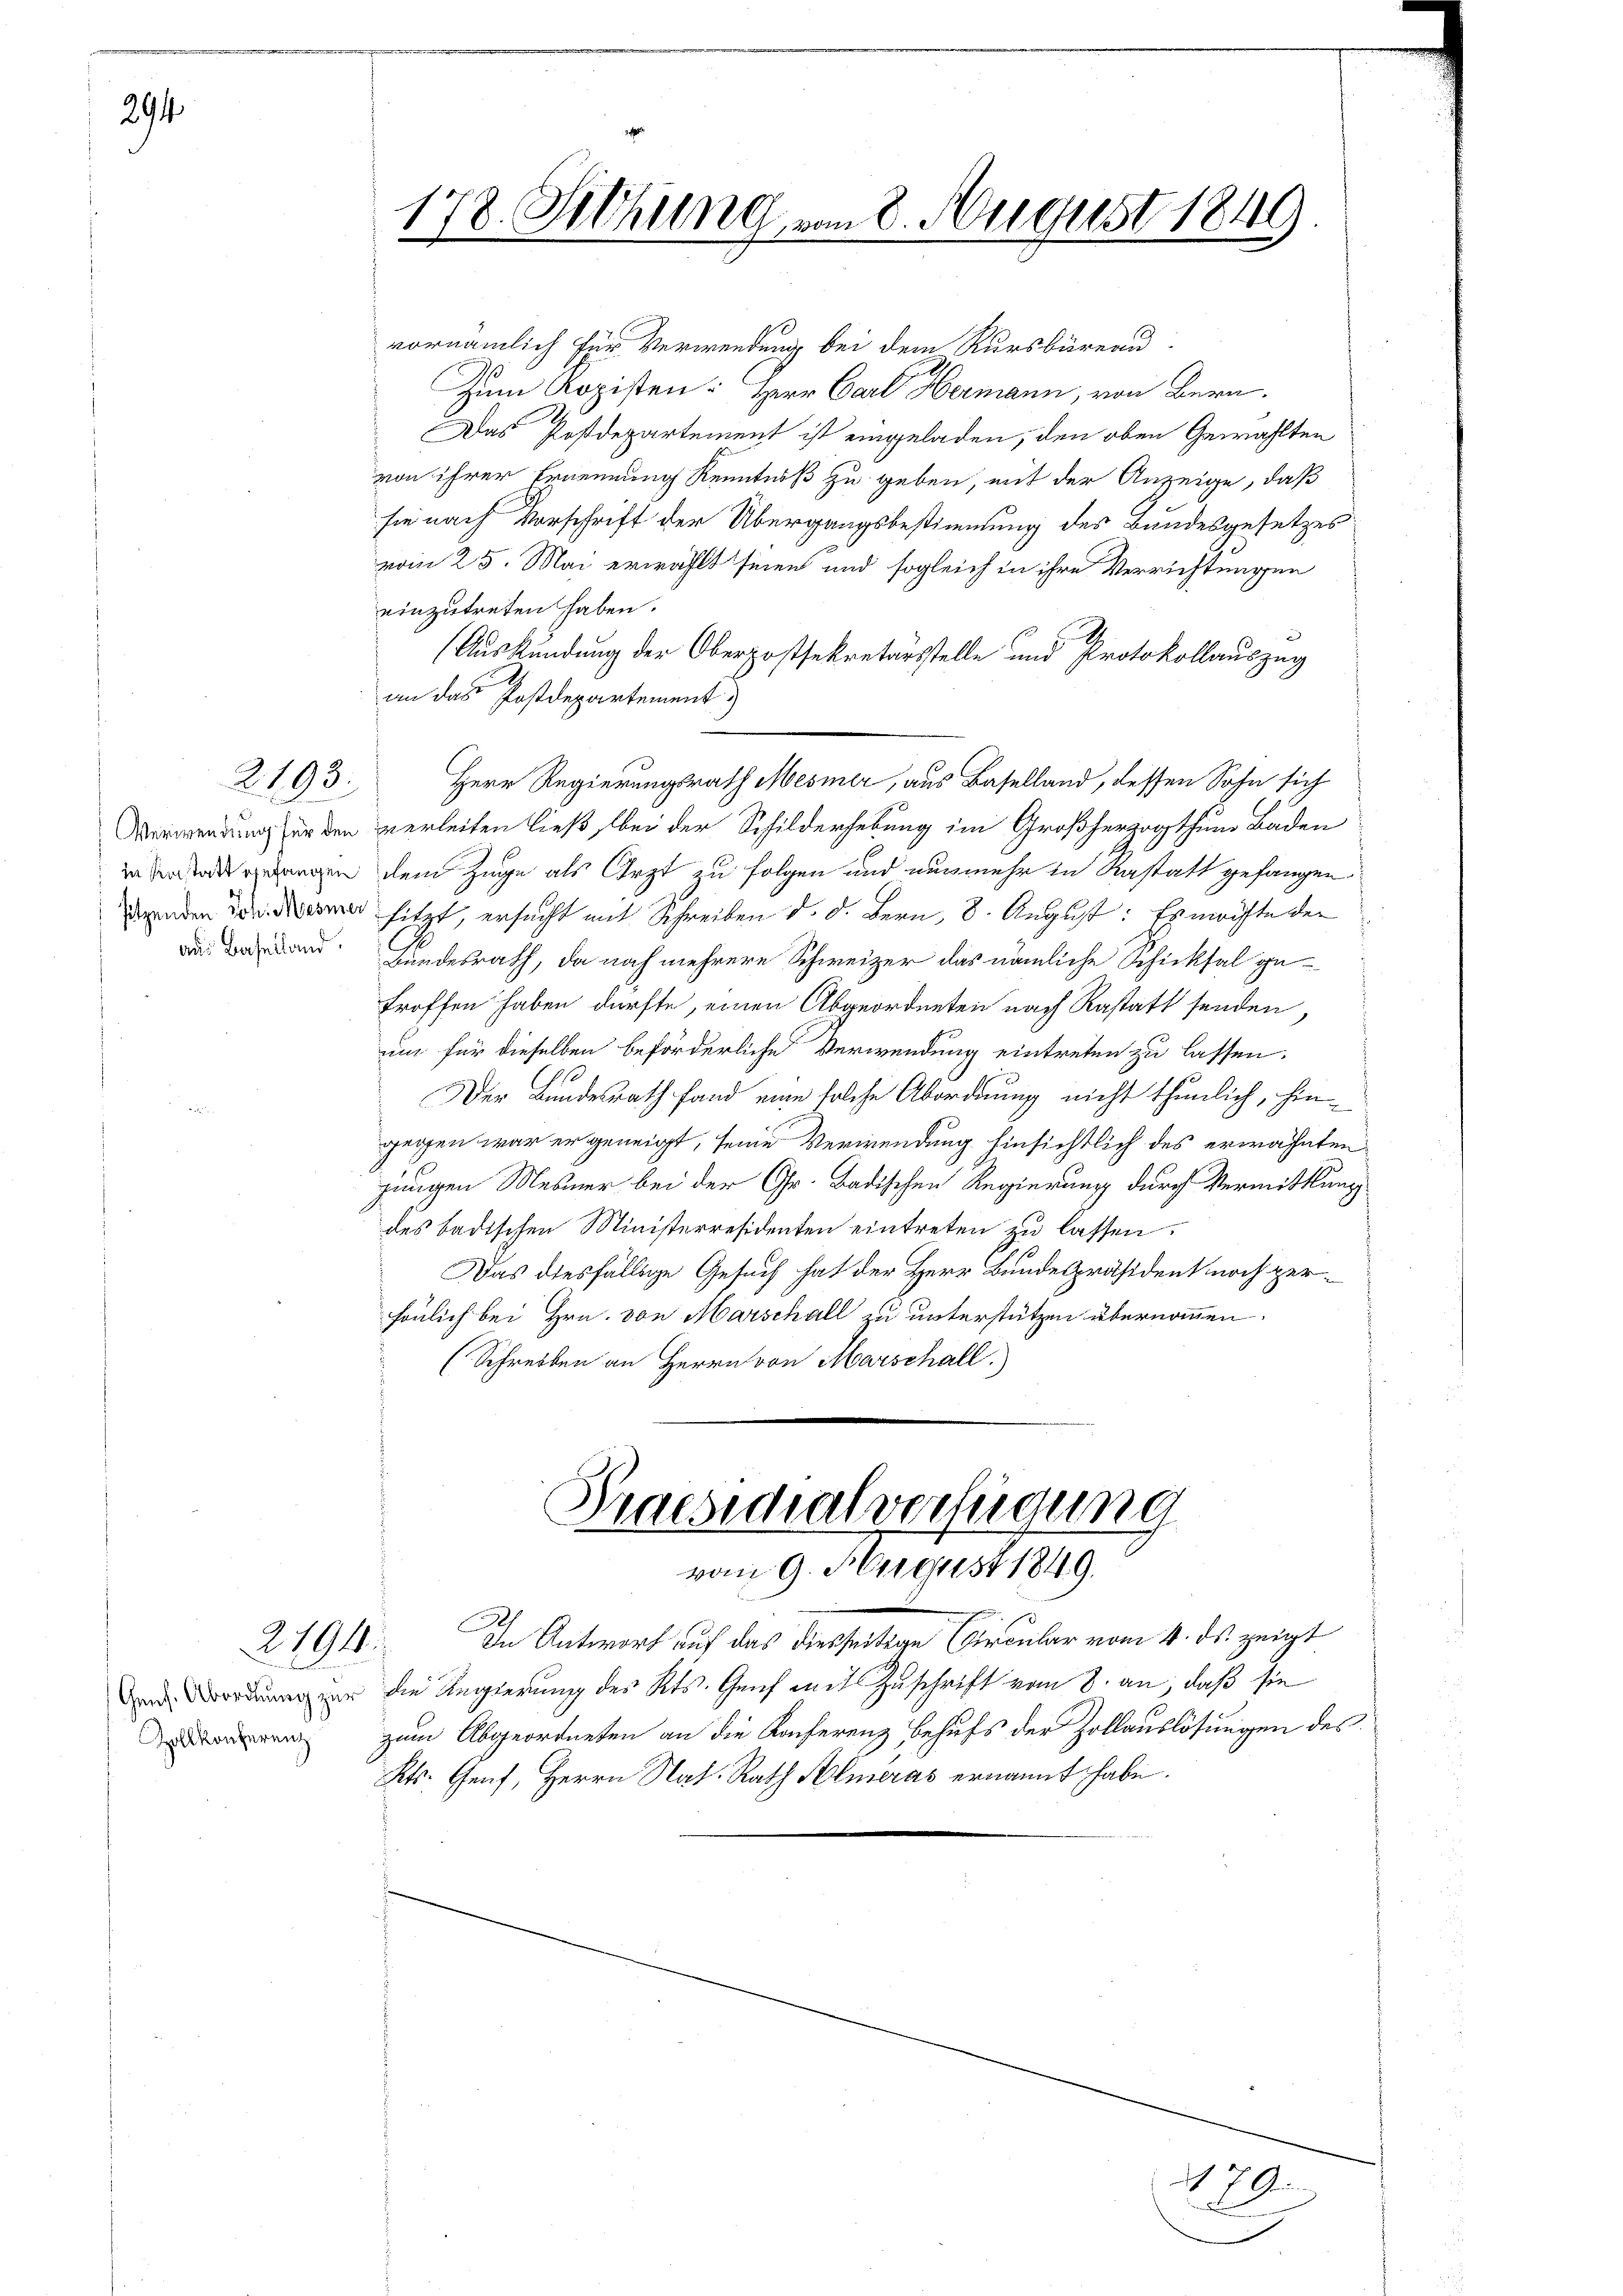
294

2193.

vornämlich für Verwendung bei dem Kursbüreau
Zum Kopisten: Herr Carl Hermann, von Bern.
Das Postdepartement ist eingeladen, den oben Gewählten
von ihrer Ernennung Kenntniß zu geben, mit der Anzeige, daß
sie nach Vorschrift der Übergangsbestimmung des Bundesgesetzes
vom 25. Mai erwählt seien und sogleich in ihre Verrichtungen
einzutreten haben.
(Auskündung der Oberpostsekretärsstelle und Protokollauszug
an das Postdepartement
Herr Regierungsrath Mesmer, aus Baselland, dessen Sohn sich
Verwendung für den hierleiten ließ, bei der Schilderhebung im Großherzogthum Baden
in der wegen dem Zuge als Arzt zu folgen und nunmehr in Rastatt gefangen
 sitzt, ersucht mit Schreiben d. d. Bern, 8. August: Er möchte der
and Hundesrath, da noch mehrere Schweizer das nämliche Schicksal getroffen haben dürfte, einen Abgeordneten nach Rastatt senden,
um für dieselben beförderliche Verwendung eintreten zu lassen.
Der Bundesrath fand eine solche Abordnung nicht thunlich, hingegen war er geneigt, seine Verwendung hinsichtlich des erwähnten
jungen Mesner bei der Gr. Badischen Regierung durch Vermittlung
des badischen Ministerresidenten eintreten zu lassen.
Das diesfällige Gesuch hat der Herr Bundespräsident noch zersönlich bei Hrn. von Marschall zu unterstützen übernommen.
(Schreiben an Herrn von Marschall

2794.

Gens. Abordnung zur
Zollkonferenz

178. Siehung vom 8. August 1849
2

Praesidialverfügung
vom 9. August 1849.

In Antwort auf das diesseitige Circular vom 4. ds. zeigt
die Regierung des Kts. Genf mit Zuschrift vom 8. an, daß sie
zum Abgeordneten an die Konferenz behufs der Zollauslösungen des
Kts. Genf, Herrn Nat. Rath Almeras ernannt habe.

179